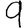
Digit: 9